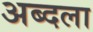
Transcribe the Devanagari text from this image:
अब्दला